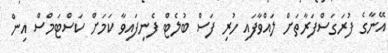
އޭނާގެ ފުރަގަސްފަރާތަށް ލައްވާފައި ހުރި ފަސް ބުލެޓް ފެނިފައިވާ ކަމަށް ކަސްޓަމްސް އިން